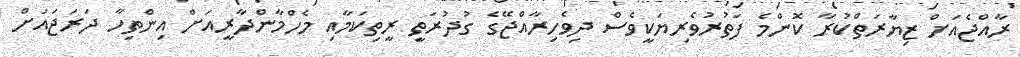
ރާއްޖެއަށް ޒިޔާރަތްކުރާ ކޮންމެ ފަތުރުވެރިޔަކީވެސް ދިވެހިރާއްޖޭގެ ގުދުރަތީ ރީތިކަމާއި މެހްމާންދާރީއަށް އިންތިހާ ދަރަޖައަށް